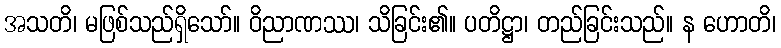
အသတိ၊ မဖြစ်သည်ရှိသော်။ ဝိညာဏဿ၊ သိခြင်း၏။ ပတိဋ္ဌာ၊ တည်ခြင်းသည်။ န ဟောတိ၊